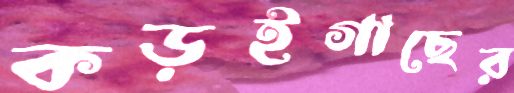
কড়ইগাছের